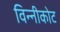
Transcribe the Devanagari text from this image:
विन्नीकोट